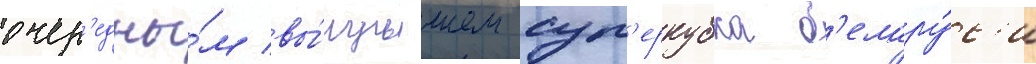
очер'едны́м вы́игрышем суп'еркубка б'елару́с'и